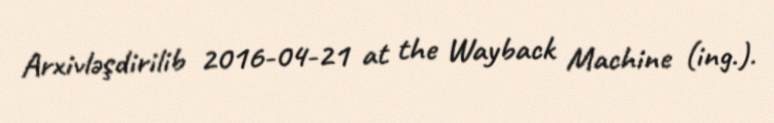
Arxivləşdirilib 2016-04-21 at the Wayback Machine (ing.).